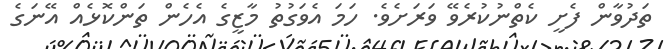
ތަދުވާން ފެށީ ކެތްނުކުރެވޭ ވަރަށެވެ. ހަމަ އެވަގުތު މާޒީގެ އެހެން ތަންކޮޅެއް އޭނަގެ